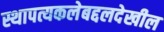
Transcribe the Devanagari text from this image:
स्थापत्यकलेबद्दलदेखील